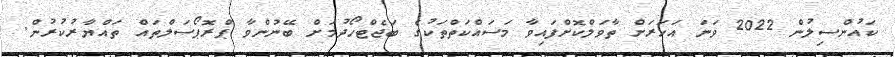
ކައުންސިލުން 2022 ވަނަ އަހަރަށް ތާވަލްކޮށްފައިވާ މަސައްކަތްތަކުގެ ބަޖެޓްހޯދުމަށް ބޭނުންވާ ޕްރޮޕޯސަލްތައް ތައްޔާރުކުރުން.